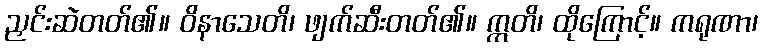
ညှင်းဆဲတတ်၏။ ဝိနာသေတိ၊ ဖျက်ဆီးတတ်၏။ ဣတိ၊ ထိုကြောင့်။ ကရုဏာ၊